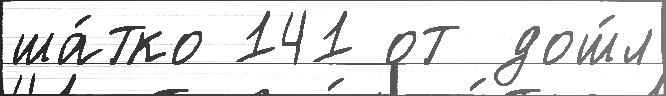
ша́тко 141 от дош́л